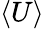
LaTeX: \left<U\right>